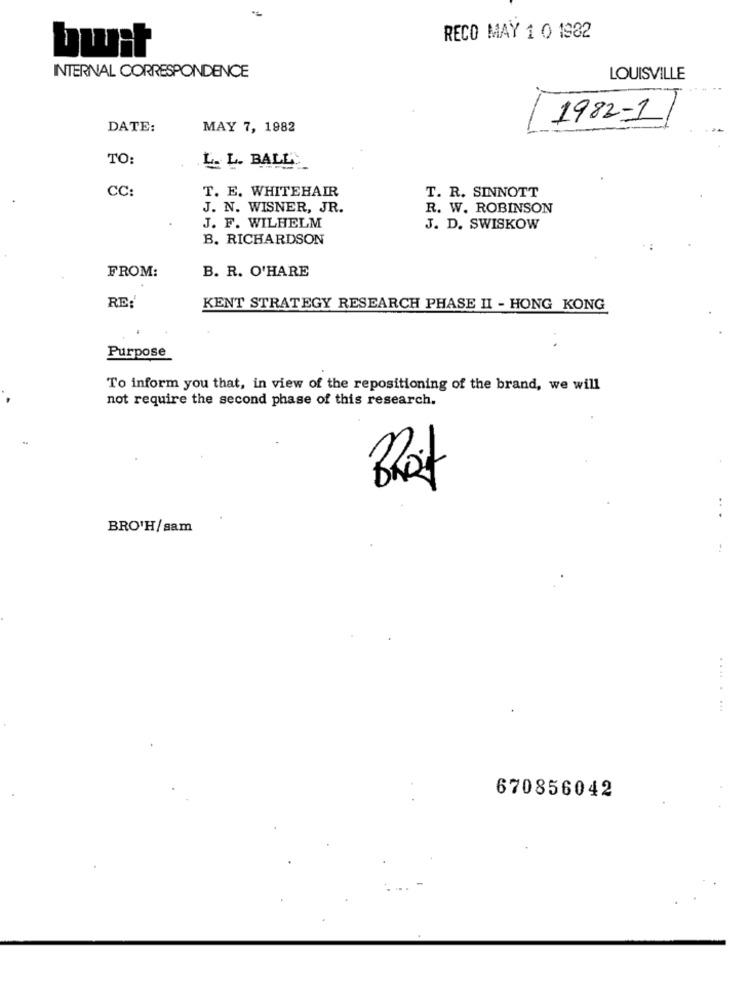
-
RECO MAY 1 0 1982
bwit
INTERNAL CORRESPONDENCE
LOUISVILLE
1982-11
DATE:
MAY 7, 1982
TO:
L. L. BALL
CC:
T. E. WHITEHAIR
T. R. SINNOTT
J. N. WISNER, JR.
R. W. ROBINSON
J. F. WILHELM
J. D. SWISKOW
B. RICHARDSON
FROM:
B. R. O'HARE
RE:
KENT STRATEGY RESEARCH PHASE II - HONG KONG
Purpose
To inform you that, in view of the repositioning of the brand, we will
not require the second phase of this research.
BRO'H/sam
........
670856042